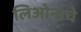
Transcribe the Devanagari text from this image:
लिओनाचे